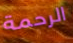
الرحمة